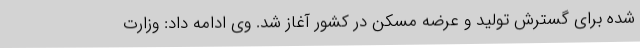
شده برای گسترش تولید و عرضه مسکن در کشور آغاز شد. وی ادامه داد: وزارت